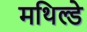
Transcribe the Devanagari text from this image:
मथिल्डे